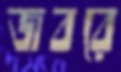
জবরে